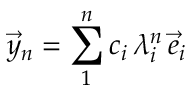
{ \vec { y } } _ { n } = \sum _ { 1 } ^ { n } { c _ { i } \, \lambda _ { i } ^ { n } \, { \vec { e } } _ { i } }